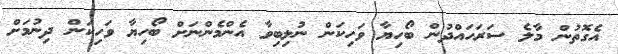
އެގޮތުން މާލެ ސަރަހައްދުން ބޯހިޔާ ވަހިކަން ނުލިބިވާ އެންމެންނަށް ބޯހިޔާ ވަހިކަން ދިނުމަށް